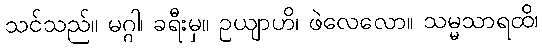
သင်သည်။ မဂ္ဂါ၊ ခရီးမှ။ ဥယျာဟိ၊ ဖဲလေလော။ သမ္မသာရထိ၊